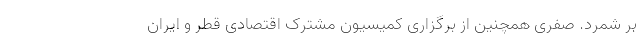
بر شمرد. صفری همچنین از برگزاری کمیسیون مشترک اقتصادی قطر و ایران